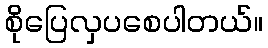
စိုပြေလှပစေပါတယ်။